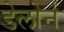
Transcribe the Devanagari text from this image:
डेलोर्न